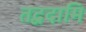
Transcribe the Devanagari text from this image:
तद्वदामि